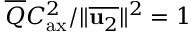
\overline { { Q } } C _ { \mathrm { a x } } ^ { 2 } / \Vert \overline { { \mathbf { u } _ { 2 } } } \Vert ^ { 2 } = 1